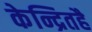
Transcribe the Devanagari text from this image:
केन्द्रितहै